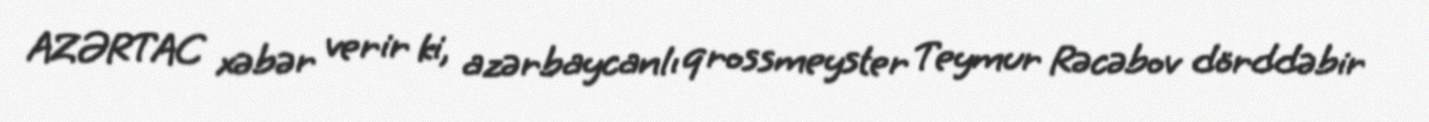
AZƏRTAC xəbər verir ki, azərbaycanlı qrossmeyster Teymur Rəcəbov dörddəbir